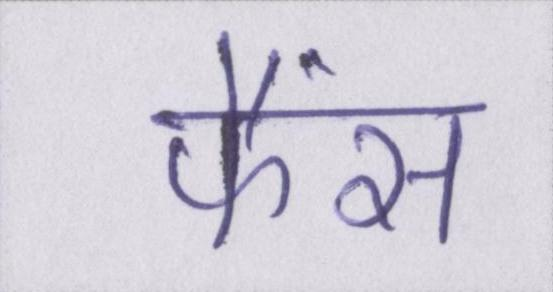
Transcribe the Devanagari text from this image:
फैंस